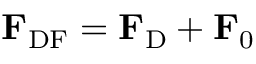
\mathbf { F } _ { \mathrm { D F } } = \mathbf { F } _ { \mathrm { D } } + \mathbf { F } _ { 0 }